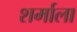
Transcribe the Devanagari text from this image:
शर्माला